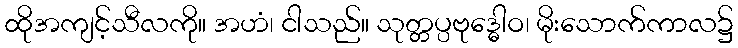
ထိုအကျင့်သီလကို။ အဟံ၊ ငါသည်။ သုတ္တပ္ပဗုဒ္ဓေါဝ၊ မိုးသောက်ကာလ၌